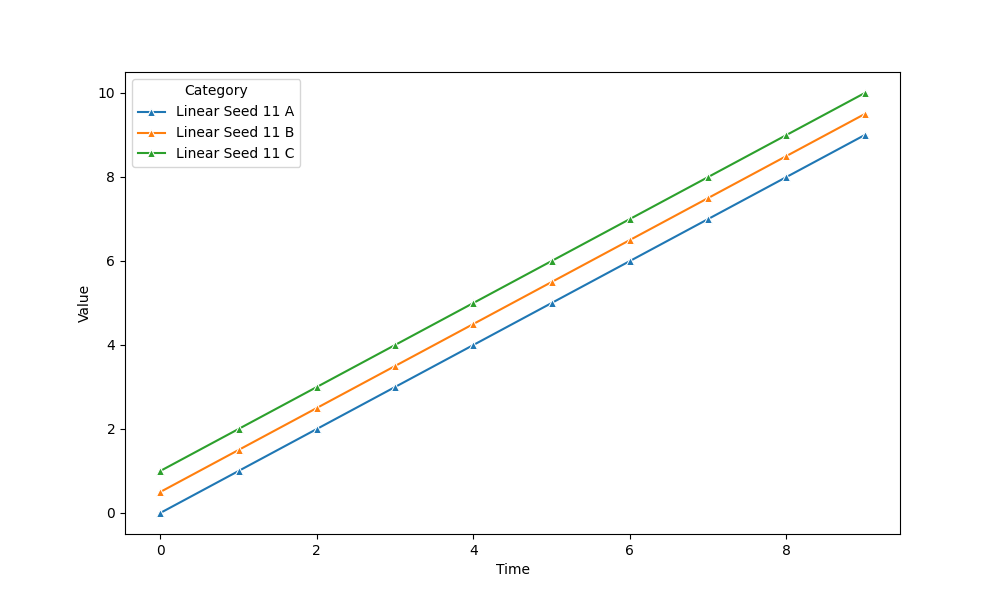
python, seaborn, lineplot, style='solid', marker='^'